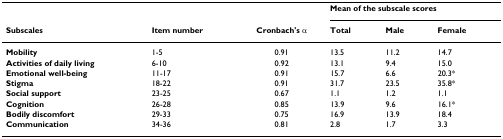
<table><thead><tr><td></td><td></td><td></td><td colspan="3"><b>Mean of the subscale scores</b></td></tr><tr><td><b>Subscales</b></td><td><b>Item number</b></td><td><b>Cronbach&#x27;s α</b></td><td><b>Total</b></td><td><b>Male</b></td><td><b>Female</b></td></tr></thead><tbody><tr><td><b>Mobility</b></td><td>1-5</td><td>0.91</td><td>13.5</td><td>11.2</td><td>14.7</td></tr><tr><td><b>Activities of daily living</b></td><td>6-10</td><td>0.92</td><td>13.1</td><td>9.4</td><td>15.0</td></tr><tr><td><b>Emotional well-being</b></td><td>11-17</td><td>0.91</td><td>15.7</td><td>6.6</td><td>20.3*</td></tr><tr><td><b>Stigma</b></td><td>18-22</td><td>0.91</td><td>31.7</td><td>23.5</td><td>35.8*</td></tr><tr><td><b>Social support</b></td><td>23-25</td><td>0.67</td><td>1.1</td><td>1.2</td><td>1.1</td></tr><tr><td><b>Cognition</b></td><td>26-28</td><td>0.85</td><td>13.9</td><td>9.6</td><td>16.1*</td></tr><tr><td><b>Bodily discomfort</b></td><td>29-33</td><td>0.75</td><td>16.9</td><td>13.9</td><td>18.4</td></tr><tr><td><b>Communication</b></td><td>34-36</td><td>0.81</td><td>2.8</td><td>1.7</td><td>3.3</td></tr></tbody></table>